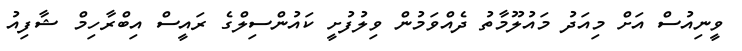
ވީނިއުސް އަށް މިއަދު މައުލޫމާތު ދެއްވަމުން ވިލުފުށީ ކައުންސިލްގެ ރައީސް އިބްރާހިމް ޝާފިއު